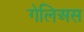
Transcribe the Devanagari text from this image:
गेलिअस